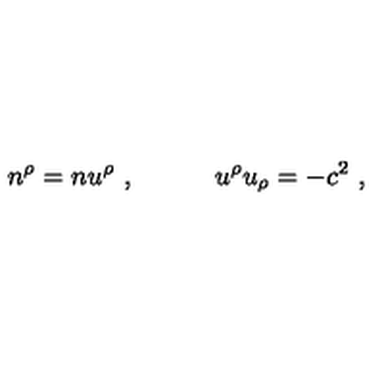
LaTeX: n ^ { \rho } = n u ^ { \rho } \ , \qquad \quad u ^ { \rho } u _ { \rho } = - c ^ { 2 } \ ,